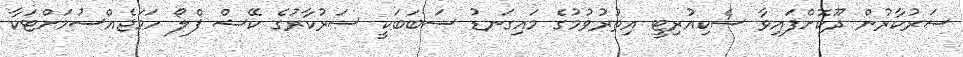
ސަރުކާރުން ދޫކޮށްފައިވާ ސެކިއުރިޓީ އިތުރުވުމުގެ މައިގަނޑު ސަބަބަކީ ސަރުކާރުގެ ކޭޝް ފްލޯ ހަމަޖެއްސުމަށްޓަކާ